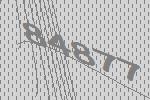
84877